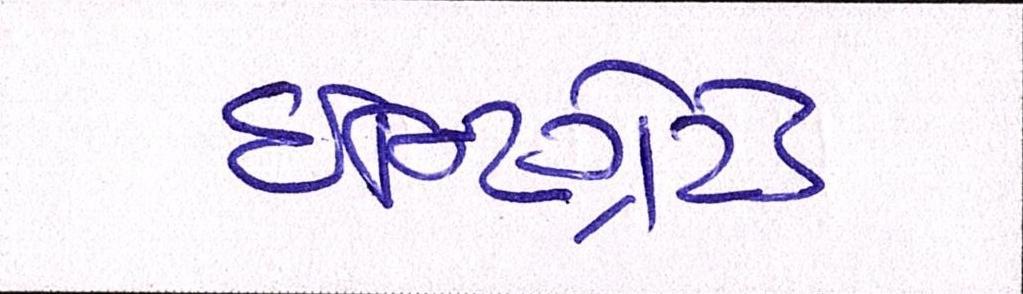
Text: ઇન્ટિગ્રેટેડ